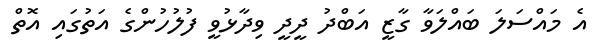
އެ މައްސަލަ ބައްލަވާ ގާޒީ އަބްދު ދީދީ ވިދާޅުވީ ފުލުހުންގެ އަތުގައި އޮތް